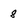
Character: 8